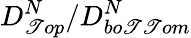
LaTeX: D_{\mathscr{T}op}^{N}/D_{bo\mathscr{T}\mathscr{T}om}^{N}